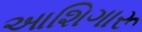
આશિગારૂ